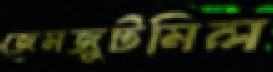
জেমজুটমিল